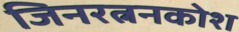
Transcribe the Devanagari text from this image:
जिनरत्ननकोश